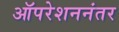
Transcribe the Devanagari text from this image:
ऑपरेशननंतर